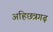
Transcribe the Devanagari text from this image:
अहिछत्रगढ़